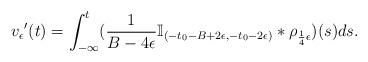
LaTeX: \begin{align*}v_\epsilon{'}(t)=\int_{-\infty}^{t}(\frac{1}{B-4\epsilon}\mathbb{I}_{(-t_0-B+2\epsilon,-t_0-2\epsilon)}*\rho_{\frac{1}{4}\epsilon})(s)ds.\end{align*}